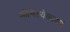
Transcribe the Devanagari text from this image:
ओमित्येकाक्षरं